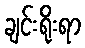
ချင်းရိုးရာ